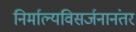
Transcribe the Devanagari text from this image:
निर्माल्यविसर्जनानंतर